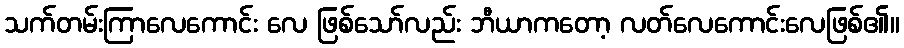
သက်တမ်းကြာလေကောင်း လေ ဖြစ်သော်လည်း ဘီယာကတော့ လတ်လေကောင်းလေဖြစ်၏။